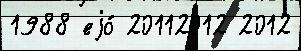
1988 еjо́ 20112012 2012